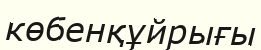
көбенқұйрығы